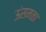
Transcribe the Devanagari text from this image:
ऊंसमळा